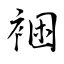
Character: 裍